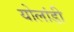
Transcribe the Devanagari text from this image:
योलांडी